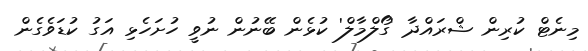
މިނެޓް ކުރިން ޝްރައްދާ 'ގޯލްމާލް' ކުޅެން ބޭނުން ނުވީ ހުށަހެޅި އަގު ކުޑަވެގެން